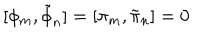
[ \phi _ { m } , \tilde { \phi } _ { n } ] = [ \pi _ { m } , \tilde { \pi } _ { n } ] = 0